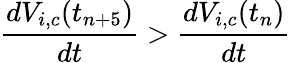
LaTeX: \frac{dV_{i,c}(t_{n+5})}{dt}>\frac{dV_{i,c}(t_{n})}{dt}